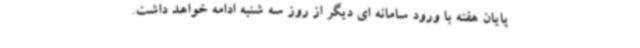
پایان هفته با ورود سامانه ای دیگر از روز سه شنبه ادامه خواهد داشت.